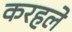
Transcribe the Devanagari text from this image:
करहले